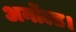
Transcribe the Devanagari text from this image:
अर्नोल्ड।